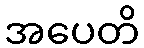
အပေတိ